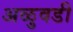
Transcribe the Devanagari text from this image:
अळुवडी